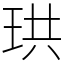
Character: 珙